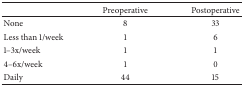
|  | Preoperative | Postoperative |
 | --- | --- | --- |
 | None | 8 | 33 |
 | Less than 1/week | 1 | 6 |
 | 1–3x/week | 1 | 1 |
 | 4–6x/week | 1 | 0 |
 | Daily | 44 | 15 |